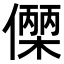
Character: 𬿼